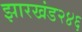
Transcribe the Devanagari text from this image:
झारखंड२४६